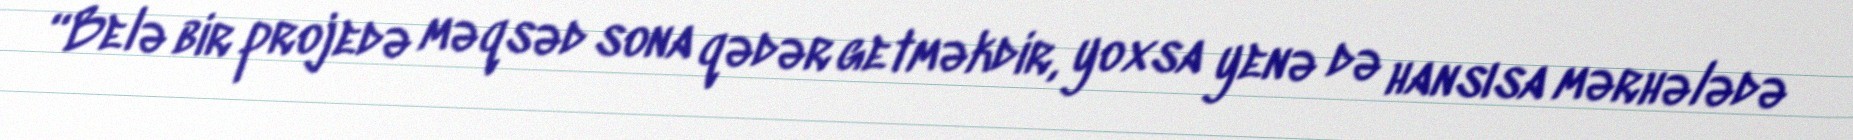
“Belə bir projedə məqsəd sona qədər getməkdir, yoxsa yenə də hansısa mərhələdə